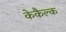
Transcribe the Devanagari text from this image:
केकैल्क